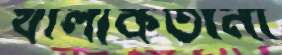
খালাকতানী